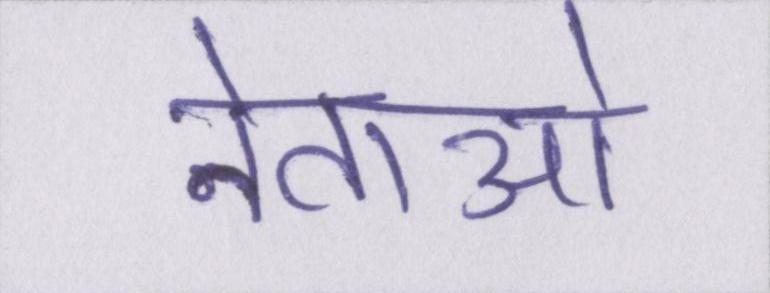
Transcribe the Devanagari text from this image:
नेताओ